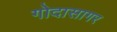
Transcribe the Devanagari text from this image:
गोदासागर